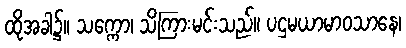
ထိုအခါ၌။ သက္ကော၊ သိကြားမင်းသည်။ ပဌမယာမာဝသာနေ၊